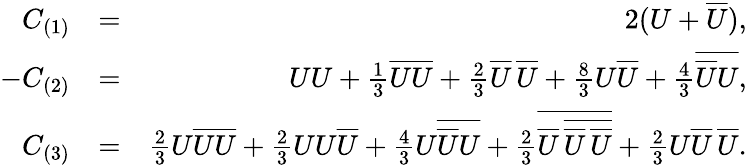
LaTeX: \begin{array}{rlr}{C_{(1)}}&{=}&{2(U+\overline{{U}}),}\\ {-C_{(2)}}&{=}&{UU+\frac{1}{3}\overline{{UU}}+\frac{2}{3}\overline{{U}}\, \overline{{U}}+\frac{8}{3}U\overline{{U}}+\frac{4}{3}\overline{{\overline{{U}}U}},}\\ {C_{(3)}}&{=}&{\frac{2}{3}U\overline{{UU}}+\frac{2}{3}UU\overline{{U}}+\frac{4}{3}U\overline{{\overline{{U}}U}}+\frac{2}{3}\overline{{\overline{{U}}\, \overline{{\overline{{U}}\, \overline{{U}}}}}}+\frac{2}{3}U\overline{{U}}\, \overline{{U}}.}\end{array}